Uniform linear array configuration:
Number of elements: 48
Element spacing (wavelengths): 0.25
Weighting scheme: exponential
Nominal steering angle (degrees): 60
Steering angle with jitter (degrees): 59.758
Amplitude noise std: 0.05
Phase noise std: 0.05

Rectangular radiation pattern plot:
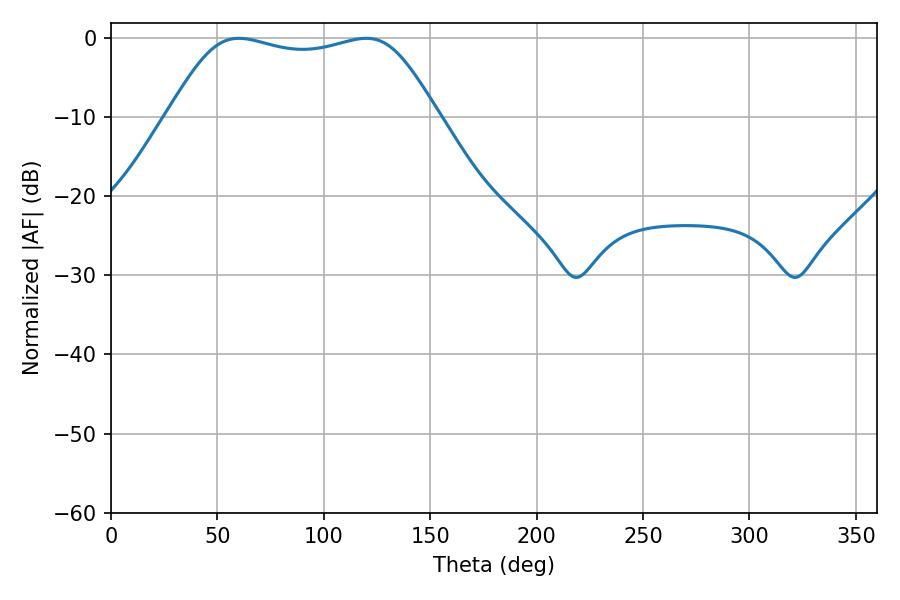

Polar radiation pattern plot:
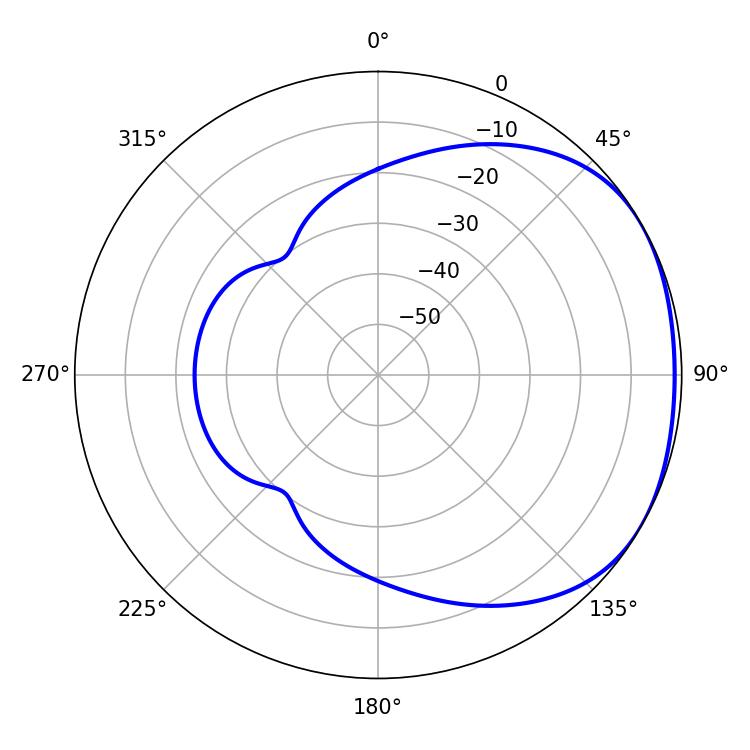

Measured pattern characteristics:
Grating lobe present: FALSE
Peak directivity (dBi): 1.725
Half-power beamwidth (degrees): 96.48
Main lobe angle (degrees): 60.12